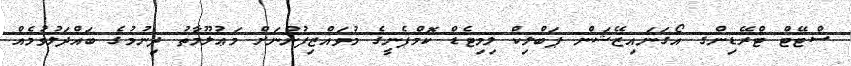
ސްޓޭޓް ޓްރޭޑިންގ އޯގަނައިޒޭޝަން ޕަބްލިކް ލިމިޓެޑް ކޮމްޕެނީގެ މުވައްޒިފުންނަށް މަޢުލޫމާތު ދިނުމުގެ ބައްދަލުވުމެއް